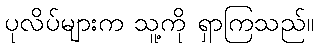
ပုလိပ်များက သူ့ကို ရှာကြသည်။